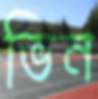
ভিন